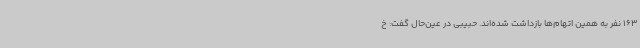
163 نفر به همین اتهام‌ها بازداشت شده‌اند. حبیبی در عین‌حال گفت: خ